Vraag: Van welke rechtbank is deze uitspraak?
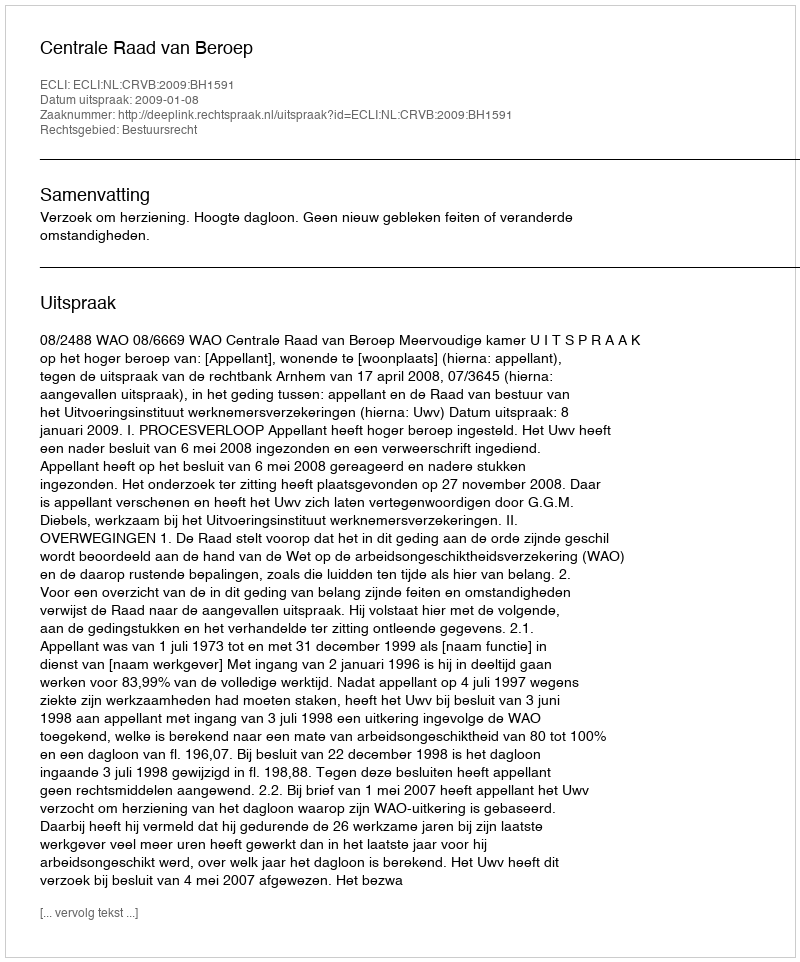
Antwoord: Centrale Raad van Beroep